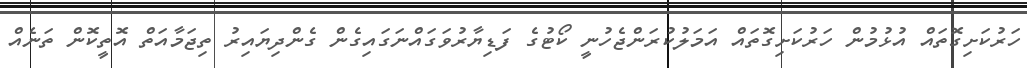
ހަރުކަށިގޮތައް އުޅުމުން ހަރުކަށިގޮތައް އަމަލުކުރަންޖެހުނީ ކޯޓުގެ ފަޑިޔާރުވަގައްނަގައިގެން ގެންދިޔައިރު ތިޖަމާއަތް އޮތީކޮން ތަނެއް